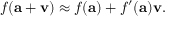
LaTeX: f ( \mathbf { a } + \mathbf { v } ) \approx f ( \mathbf { a } ) + f ^ { \prime } ( \mathbf { a } ) \mathbf { v } .